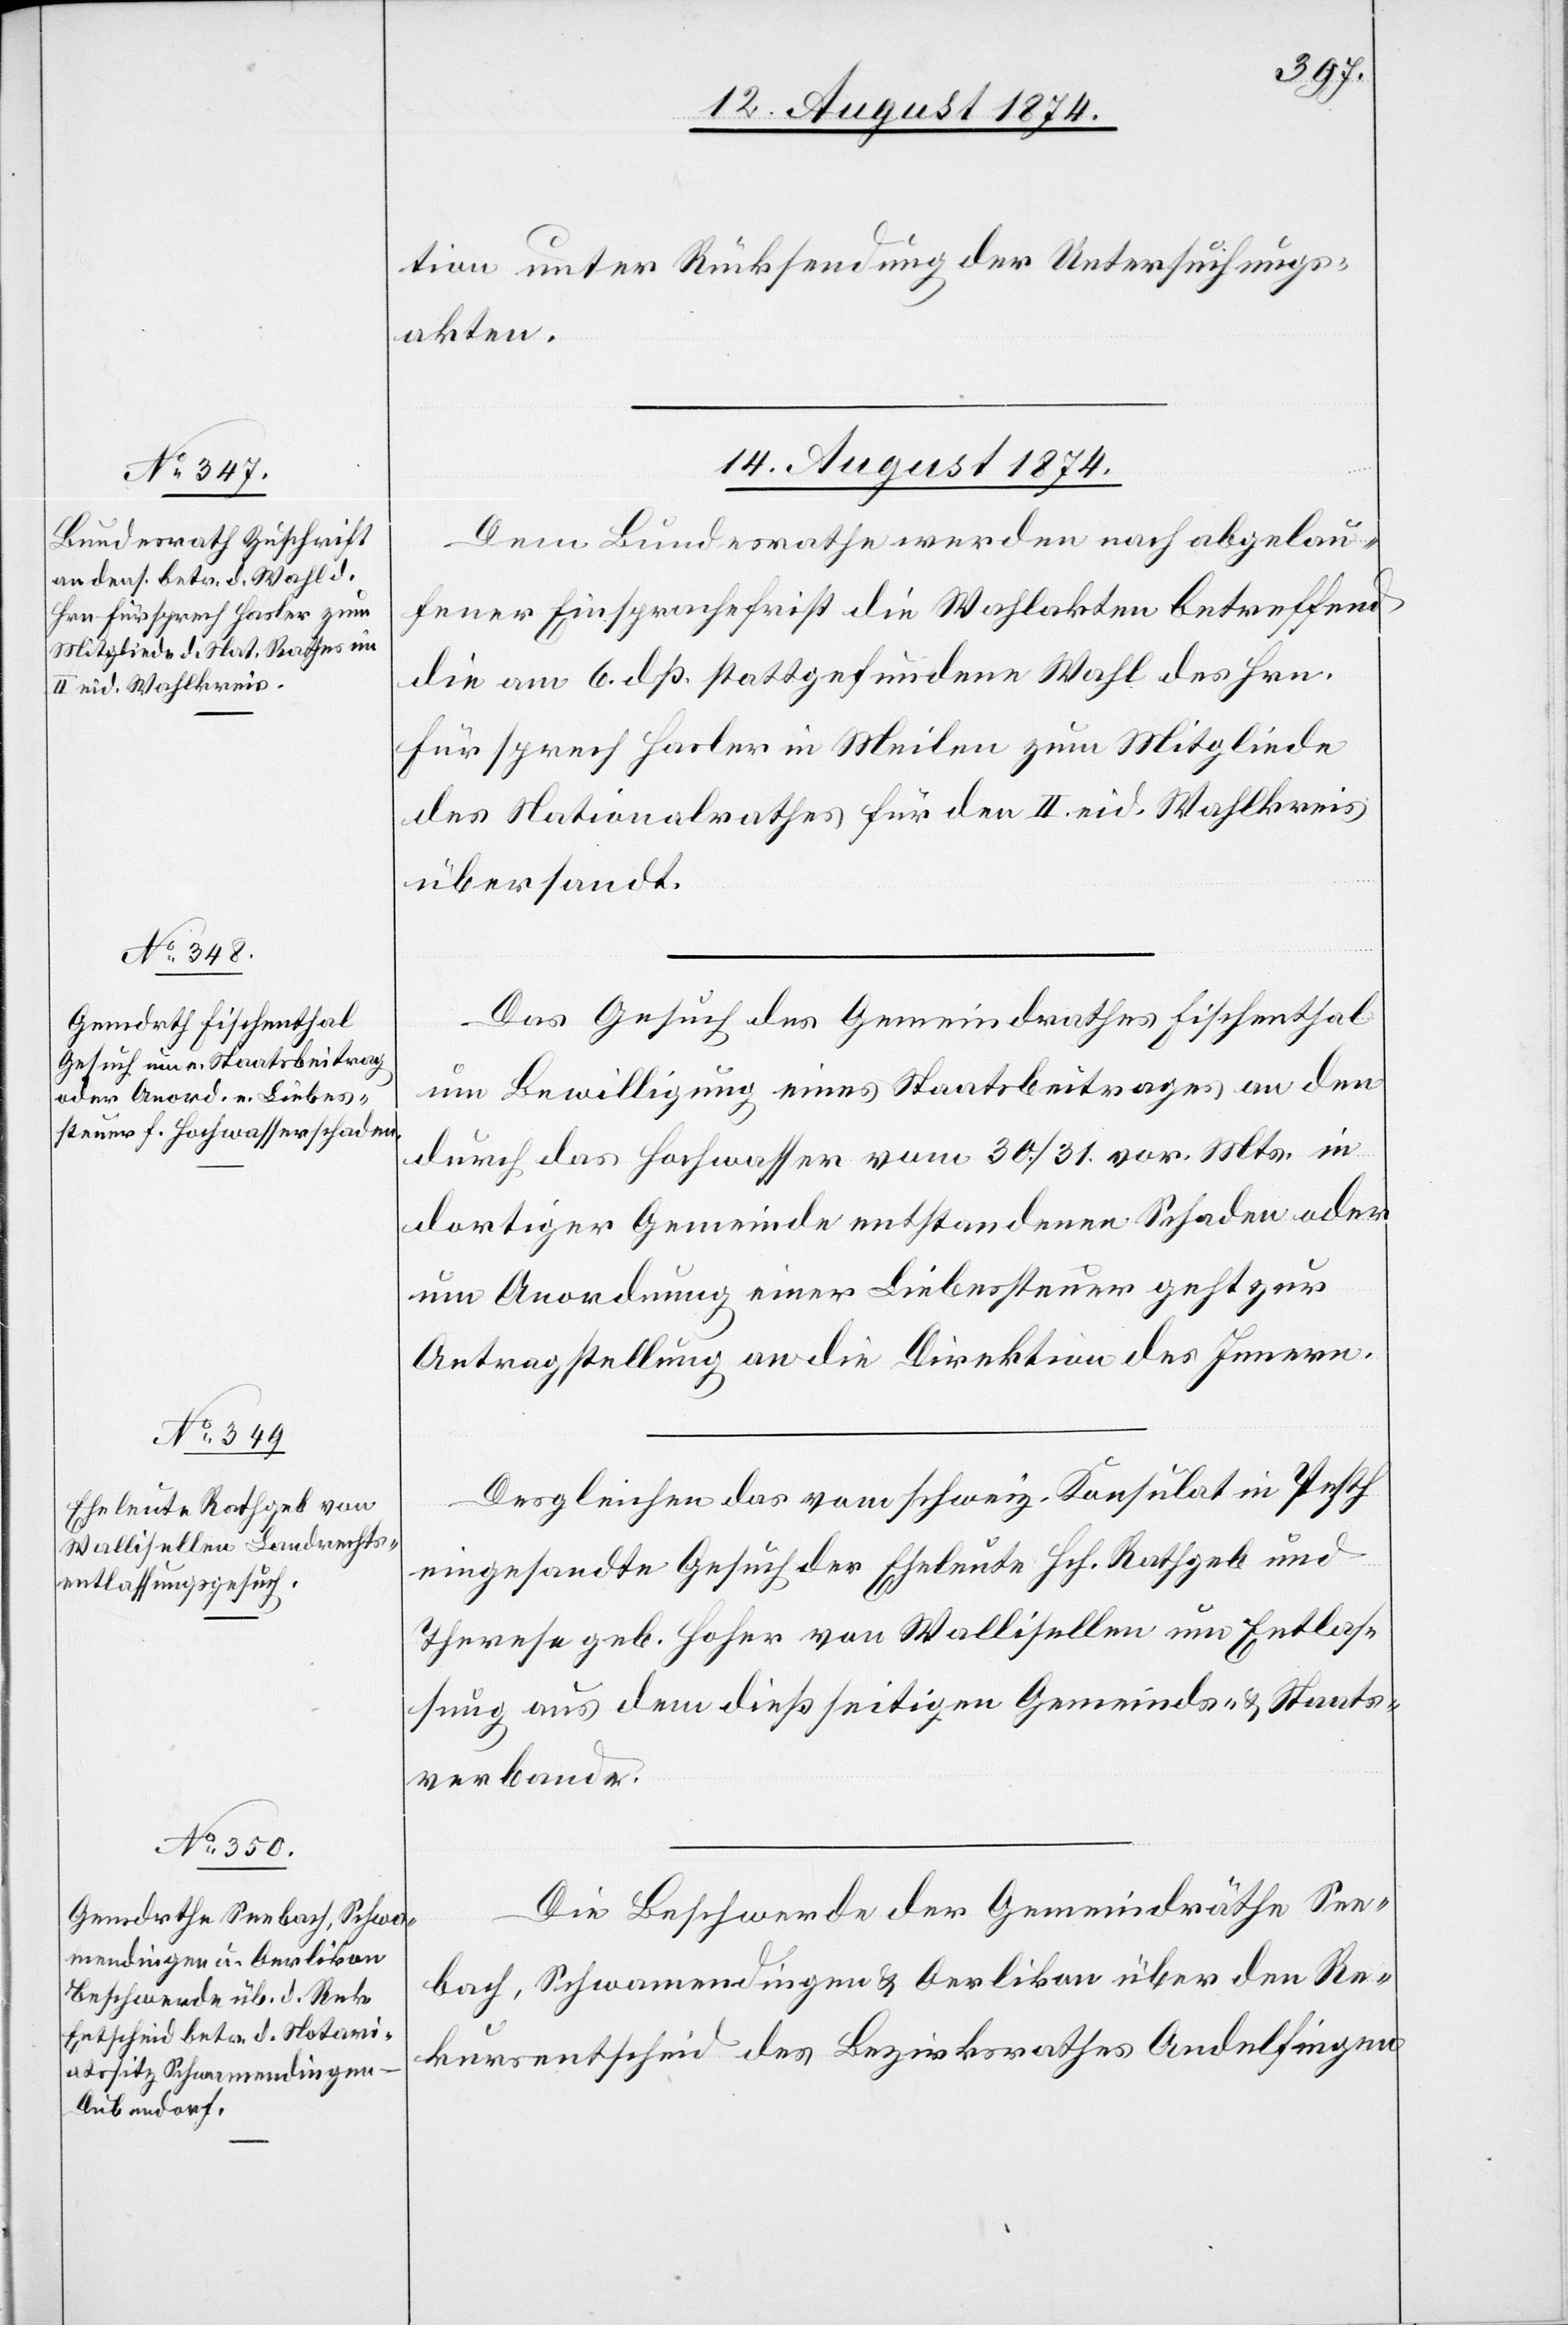
tion unter Rücksendung der Untersuchungs¬
akten.
14. August 1874.]
Dem Bundesrathe werden nach abgelau¬
fener Einsprachefrist die Wahlakten betreffend
die am 6. dß. stattgefundene Wahl des Hrn.
Fürsprech Hasler in Meilen zum Mitgliede
des Nationalrathes für den II. eid. Wahlkreis
übersandt.
Das Gesuch des Gemeindrathes Fischenthal
um Bewilligung eines Staatsbeitrages an den
durch das Hochwasser vom 30./31. vor. Mts. in
dortiger Gemeinde entstandenen Schaden oder
um Anordnung einer Liebessteuer geht zur
Antragstellung an die Direktion des Innern.
Desgleichen das vom schweiz. Konsulat in Pesth
eingesandte Gesuch der Eheleute Hch. Rathgeb und
Therese geb. Hoher von Wallisellen um Entlas¬
sung aus dem dießseitigen Gemeinds- u. Staats¬
verbande.
Die Beschwerde der Gemeindräthe See¬
bach, Schwamendingen u. Oerlikon über den Re¬
kursentscheid des Bezirksrathes Andelfingen